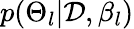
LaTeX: p(\Theta_{l}|\mathcal{D},\beta_{l})